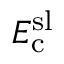
E _ { \mathrm { c } } ^ { \mathrm { s l } }